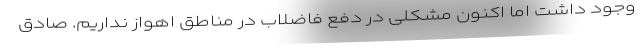
وجود داشت اما اکنون مشکلی در دفع فاضلاب در مناطق اهواز نداریم. صادق